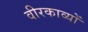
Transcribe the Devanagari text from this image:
वीरकाव्यों